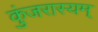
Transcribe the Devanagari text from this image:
कुंजरास्यम्